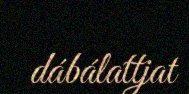
dábálattjat